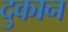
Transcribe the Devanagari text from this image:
दुकान